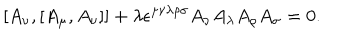
[ A _ { \nu } , [ A _ { \mu } , A _ { \nu } ] ] + \lambda \epsilon ^ { \mu \nu \lambda \rho \sigma } A _ { \nu } A _ { \lambda } A _ { \rho } A _ { \sigma } = 0 .